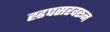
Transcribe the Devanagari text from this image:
ह्डपसरवरून